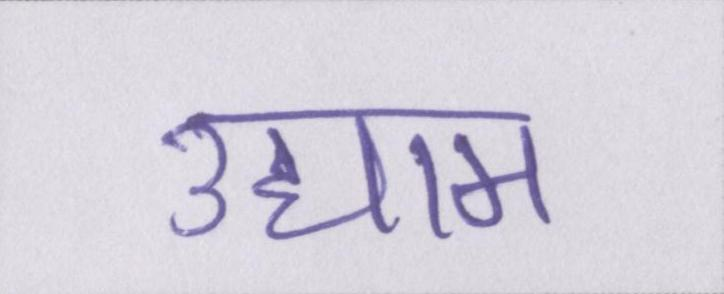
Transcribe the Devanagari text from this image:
उद्याम